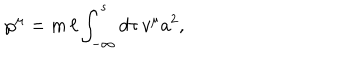
{ \wp } ^ { \mu } = m \, \ell \int _ { - \infty } ^ { s } d \tau \, v ^ { \mu } a ^ { 2 } ,